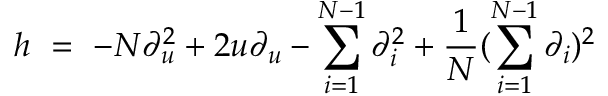
h \ = \ - N \partial _ { u } ^ { 2 } + 2 u \partial _ { u } - \sum _ { i = 1 } ^ { N - 1 } \partial _ { i } ^ { 2 } + \frac { 1 } { N } ( \sum _ { i = 1 } ^ { N - 1 } \partial _ { i } ) ^ { 2 }